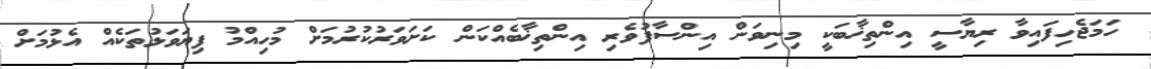
ހަމަޖެހިފައިވާ ރިޔާސީ އިންތިޚާބަކީ މިނިވަން އިންސާފުވެރި އިންތިޚާބެއްކަން ކަށަވަރުކުރުމަށް މުހިއްމު ފިޔަވަޅުތަކެއް އެޅުމަށް